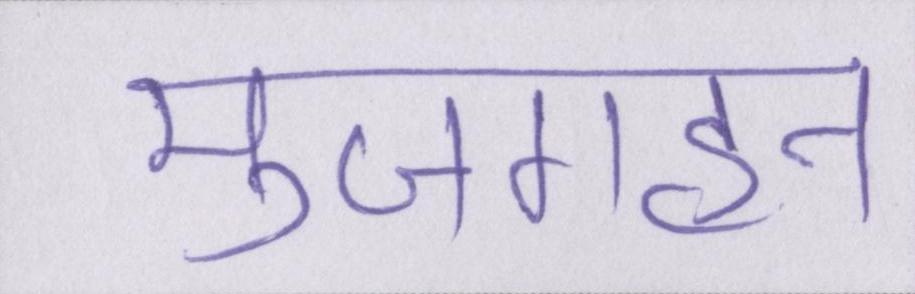
मुजगहन